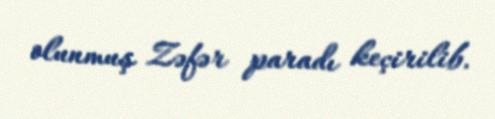
olunmuş Zəfər paradı keçirilib.